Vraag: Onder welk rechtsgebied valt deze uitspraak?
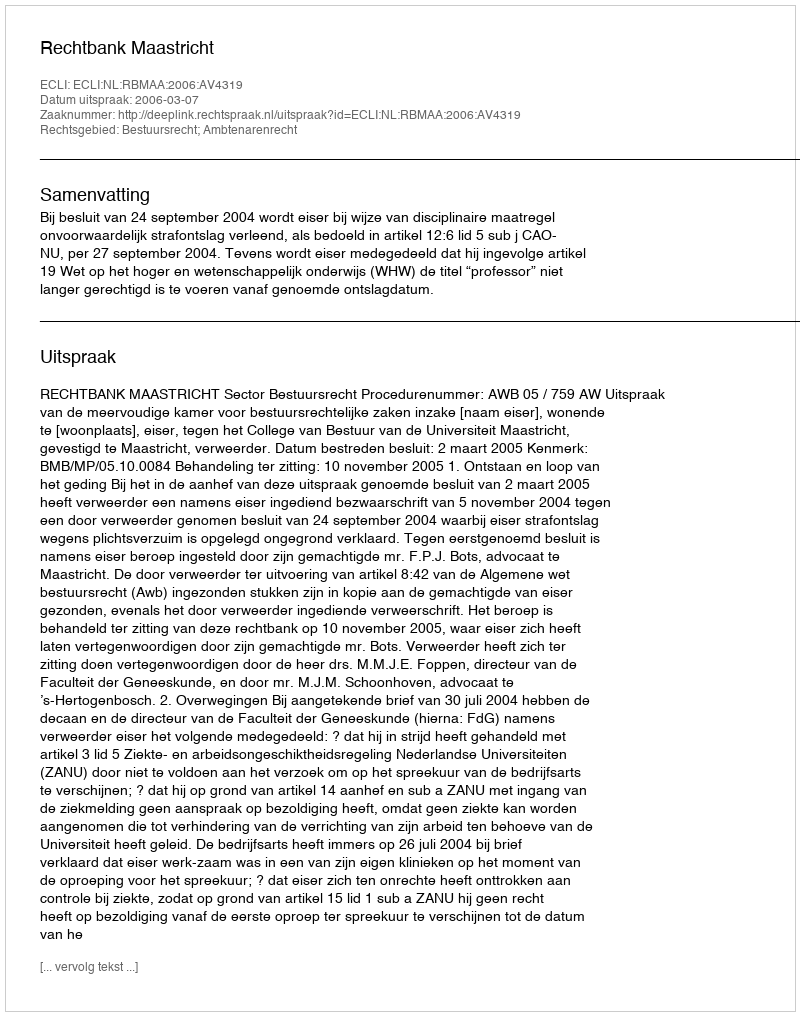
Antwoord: Bestuursrecht; Ambtenarenrecht